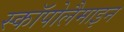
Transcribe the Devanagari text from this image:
स्कॉपोलैमाइन